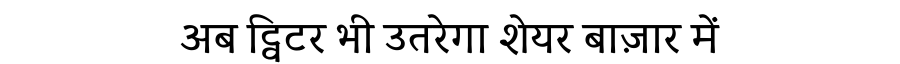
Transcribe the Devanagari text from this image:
अब ट्विटर भी उतरेगा शेयर बाज़ार में